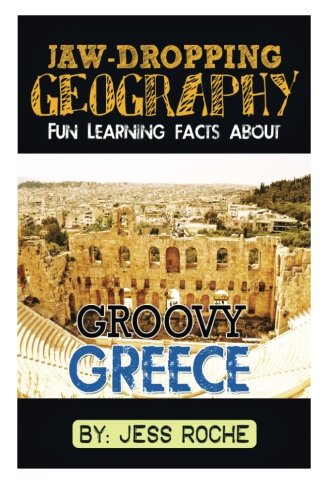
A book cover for Jaw-Dropping Geography: Fun Learning Facts About Groovy Greece: Illustrated Fun Learning For Kids (Volume 1); Jess Roche; Travel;